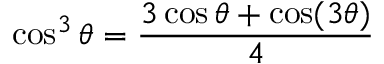
\cos ^ { 3 } \theta = { \frac { 3 \cos \theta + \cos ( 3 \theta ) } { 4 } }